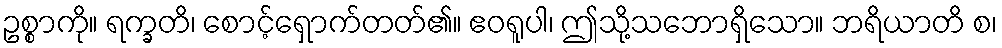
ဥစ္စာကို။ ရက္ခတိ၊ စောင့်ရှောက်တတ်၏။ ဧဝရူပါ၊ ဤသို့သဘောရှိသော။ ဘရိယာတိ စ၊